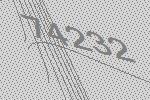
74232